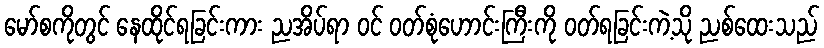
မော်စကိုတွင် နေထိုင်ရခြင်းကား ညအိပ်ရာ ဝင် ဝတ်စုံဟောင်းကြီးကို ဝတ်ရခြင်းကဲ့သို ညစ်ထေးသည်